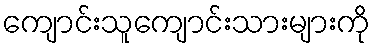
ကျောင်းသူကျောင်းသားများကို